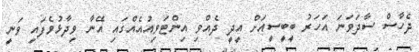
ދެހާސް ސާދަވަނަ އަހަރު ބީބީސީއަށް އީދީ ދެއްވި އިންޓަވިއުއެއްގައި އޭނާ ވިދާޅުވެފައި ވަނީ